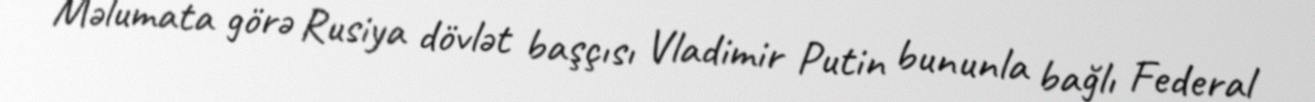
Məlumata görə Rusiya dövlət başçısı Vladimir Putin bununla bağlı Federal